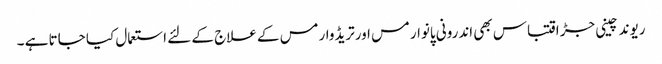
ریوند چینی جڑ اقتباس بھی اندرونی پانوارمس اورتریڈوارمس کے علاج کے لئے استعمال کیا جاتا ہے ۔